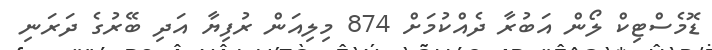
ޑޮމެސްޓިކް ލޯން އަބުރާ ދެއްކުމަށް 874 މިލިއަން ރުފިޔާ އަދި ބޭރުގެ ދަރަނި